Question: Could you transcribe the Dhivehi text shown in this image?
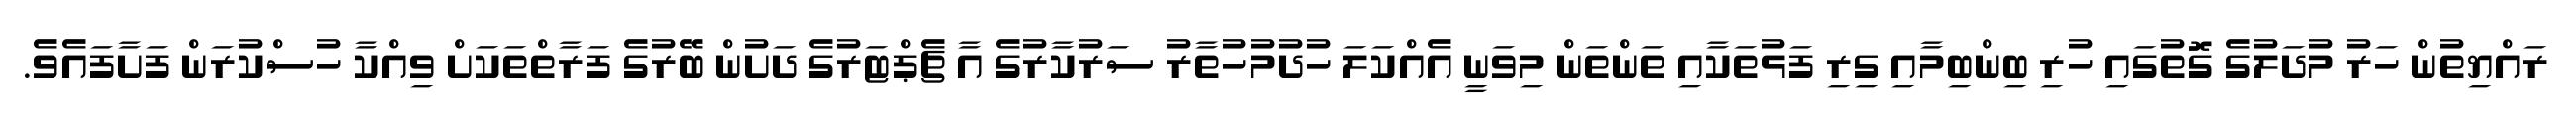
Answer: ރައްޔިތުން ހަރު މުދަލުގެ ގޮތުގައި ހުރި ބިންބިމާއި ގިރި ފަޅުތަކާއި ތަންތަން މިވަނީ އެއްކަލަ ހުދުމުހުތާރު ސަރުކާރުގެ އާ ޗެޕްޓަރުގެ ދަށުން ބޭރުގެ ފަރާތްތަކަށް ވިއްކާ ހުސްކުރަން ފަށާފައެވެ.